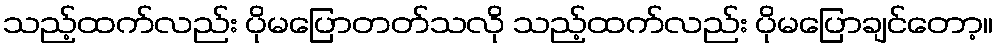
သည့်ထက်လည်း ပိုမပြောတတ်သလို သည့်ထက်လည်း ပိုမပြောချင်တော့။